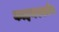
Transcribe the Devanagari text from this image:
काइनस्कोप